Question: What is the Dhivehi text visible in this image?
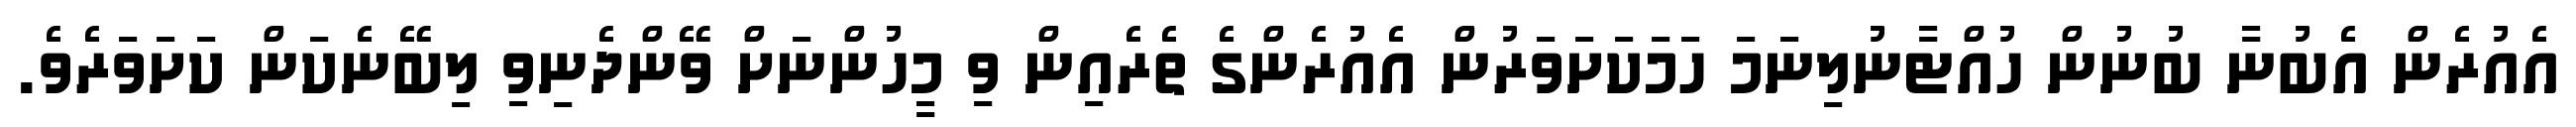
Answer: އެއުރެން އެބުނާ ބުނުން ހުއްޓާނުލިނަމަ ހަމަކަށަވަރުން އެއުރެންގެ ތެރެއިން ވި މީހުންނަށް ވޭންދެނިވި ލިބޭނެކަން ކަށަވަރެވެ.